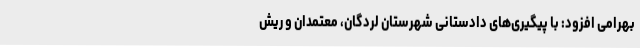
بهرامی افزود: با پیگیری‌های دادستانی شهرستان لردگان، معتمدان و ریش